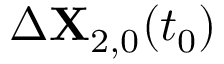
\Delta \mathbf { X } _ { 2 , 0 } ( t _ { 0 } )